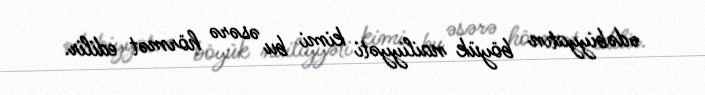
ədəbiyyatın böyük nailiyyəti kimi bu əsərə hörmət edilir.